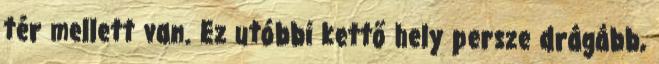
tér mellett van. Ez utóbbi kettő hely persze drágább,